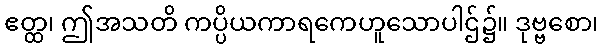
ဧတ္ထ၊ ဤအသတိ ကပ္ပိယကာရကေဟူသောပါဌ်၌။ ဒုဗ္ဗစော၊